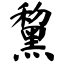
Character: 黧